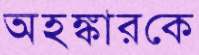
অহঙ্কারকে